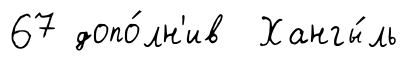
67 допо́лн'ив Хангы́ль